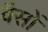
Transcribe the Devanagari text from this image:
वैसों